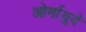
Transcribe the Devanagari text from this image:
ओर्मायुदे